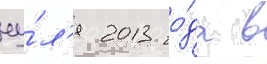
иу́л'я 2013 го́да в